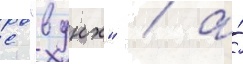
с "вднх" / а́